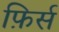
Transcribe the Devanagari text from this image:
फ़िर्स